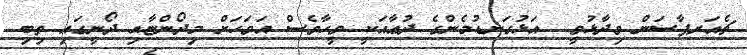
ޗެއަރޕާސަން ވިދާޅުވީ  އަޅުގަނޑުމެންގެ ދުޢާއަކީ ވީހާވެސް އަވަހަށް މިދޯންޏާއި ދޯނީގައި ތިބި